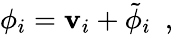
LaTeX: \phi_{i}=\mathbf{v}_{i}+\tilde{{\phi}}_{i}~~,